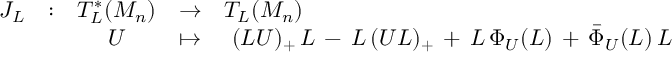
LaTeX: \begin{array} { l l c c l } { { J _ { L } } } & { { : } } & { { T _ { L } ^ { * } ( { \cal M } _ { n } ) } } & { { \rightarrow } } & { { T _ { L } ( { \cal M } _ { n } ) } } \\ { { } } & { { } } & { { U } } & { { \mapsto } } & { { \ ( L U ) _ { + } \, L \, - \, L \, ( U L ) _ { + } \, + \, L \, \Phi _ { U } ( L ) \, + \, \bar { \Phi } _ { U } ( L ) \, L } } \end{array}